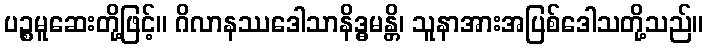
ပဉ္စမူဆေးတို့ဖြင့်။ ဂိလာနဿဒေါသာနိဒ္ဓမန္တိ၊ သူနာအားအပြစ်ဒေါသတို့သည်။